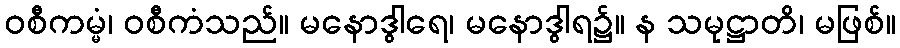
ဝစီကမ္မံ၊ ဝစီကံသည်။ မနောဒွါရေ၊ မနောဒွါရ၌။ န သမုဋ္ဌာတိ၊ မဖြစ်။